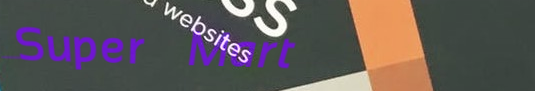
Super Mart